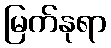
မြက်နုရာ